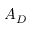
A _ { D }